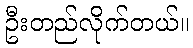
ဦးတည်လိုက်တယ်။